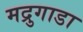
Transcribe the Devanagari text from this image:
मद्रुगाडा